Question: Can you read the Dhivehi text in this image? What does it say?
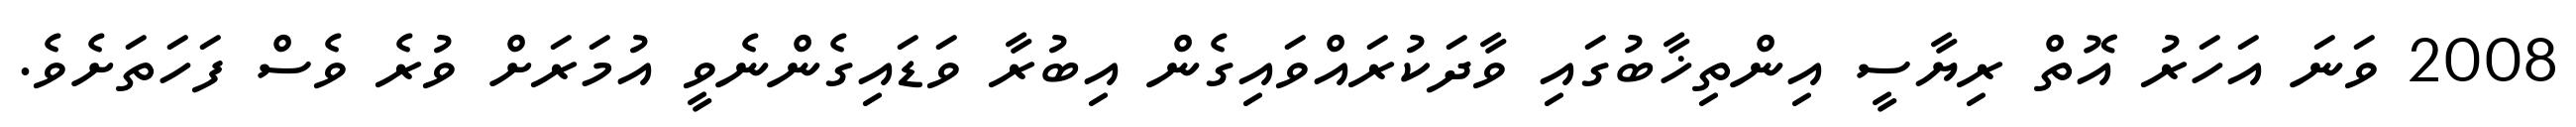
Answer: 2008 ވަނަ އަހަރު އޮތް ރިޔާސީ އިންތިޚާބުގައި ވާދަކުރައްވައިގެން އިބުރާ ވަޑައިގެންނެވީ އުމަރަށް ވުރެ ވެސް ފަހަތަށެވެ.